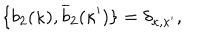
LaTeX: \{ b _ { 2 } ( \kappa ) , \overline { { { b } } } _ { 2 } ( \kappa ^ { \prime } ) \} = \delta _ { \kappa , \kappa ^ { \prime } } ,